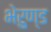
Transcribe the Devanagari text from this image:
भेरुण्ड